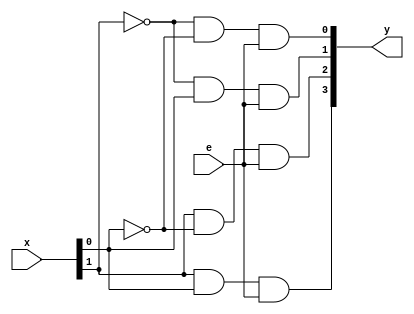
module decoder_2x4( input [1:0]x, input e, output [3:0]y );
  
  assign y[0]=~x[1]&~x[0]&e;
  assign y[1]=~x[1]&x[0]&e;
  assign y[2]=x[1]&~x[0]&e;
  assign y[3]=x[1]&x[0]&e;
  
endmodule